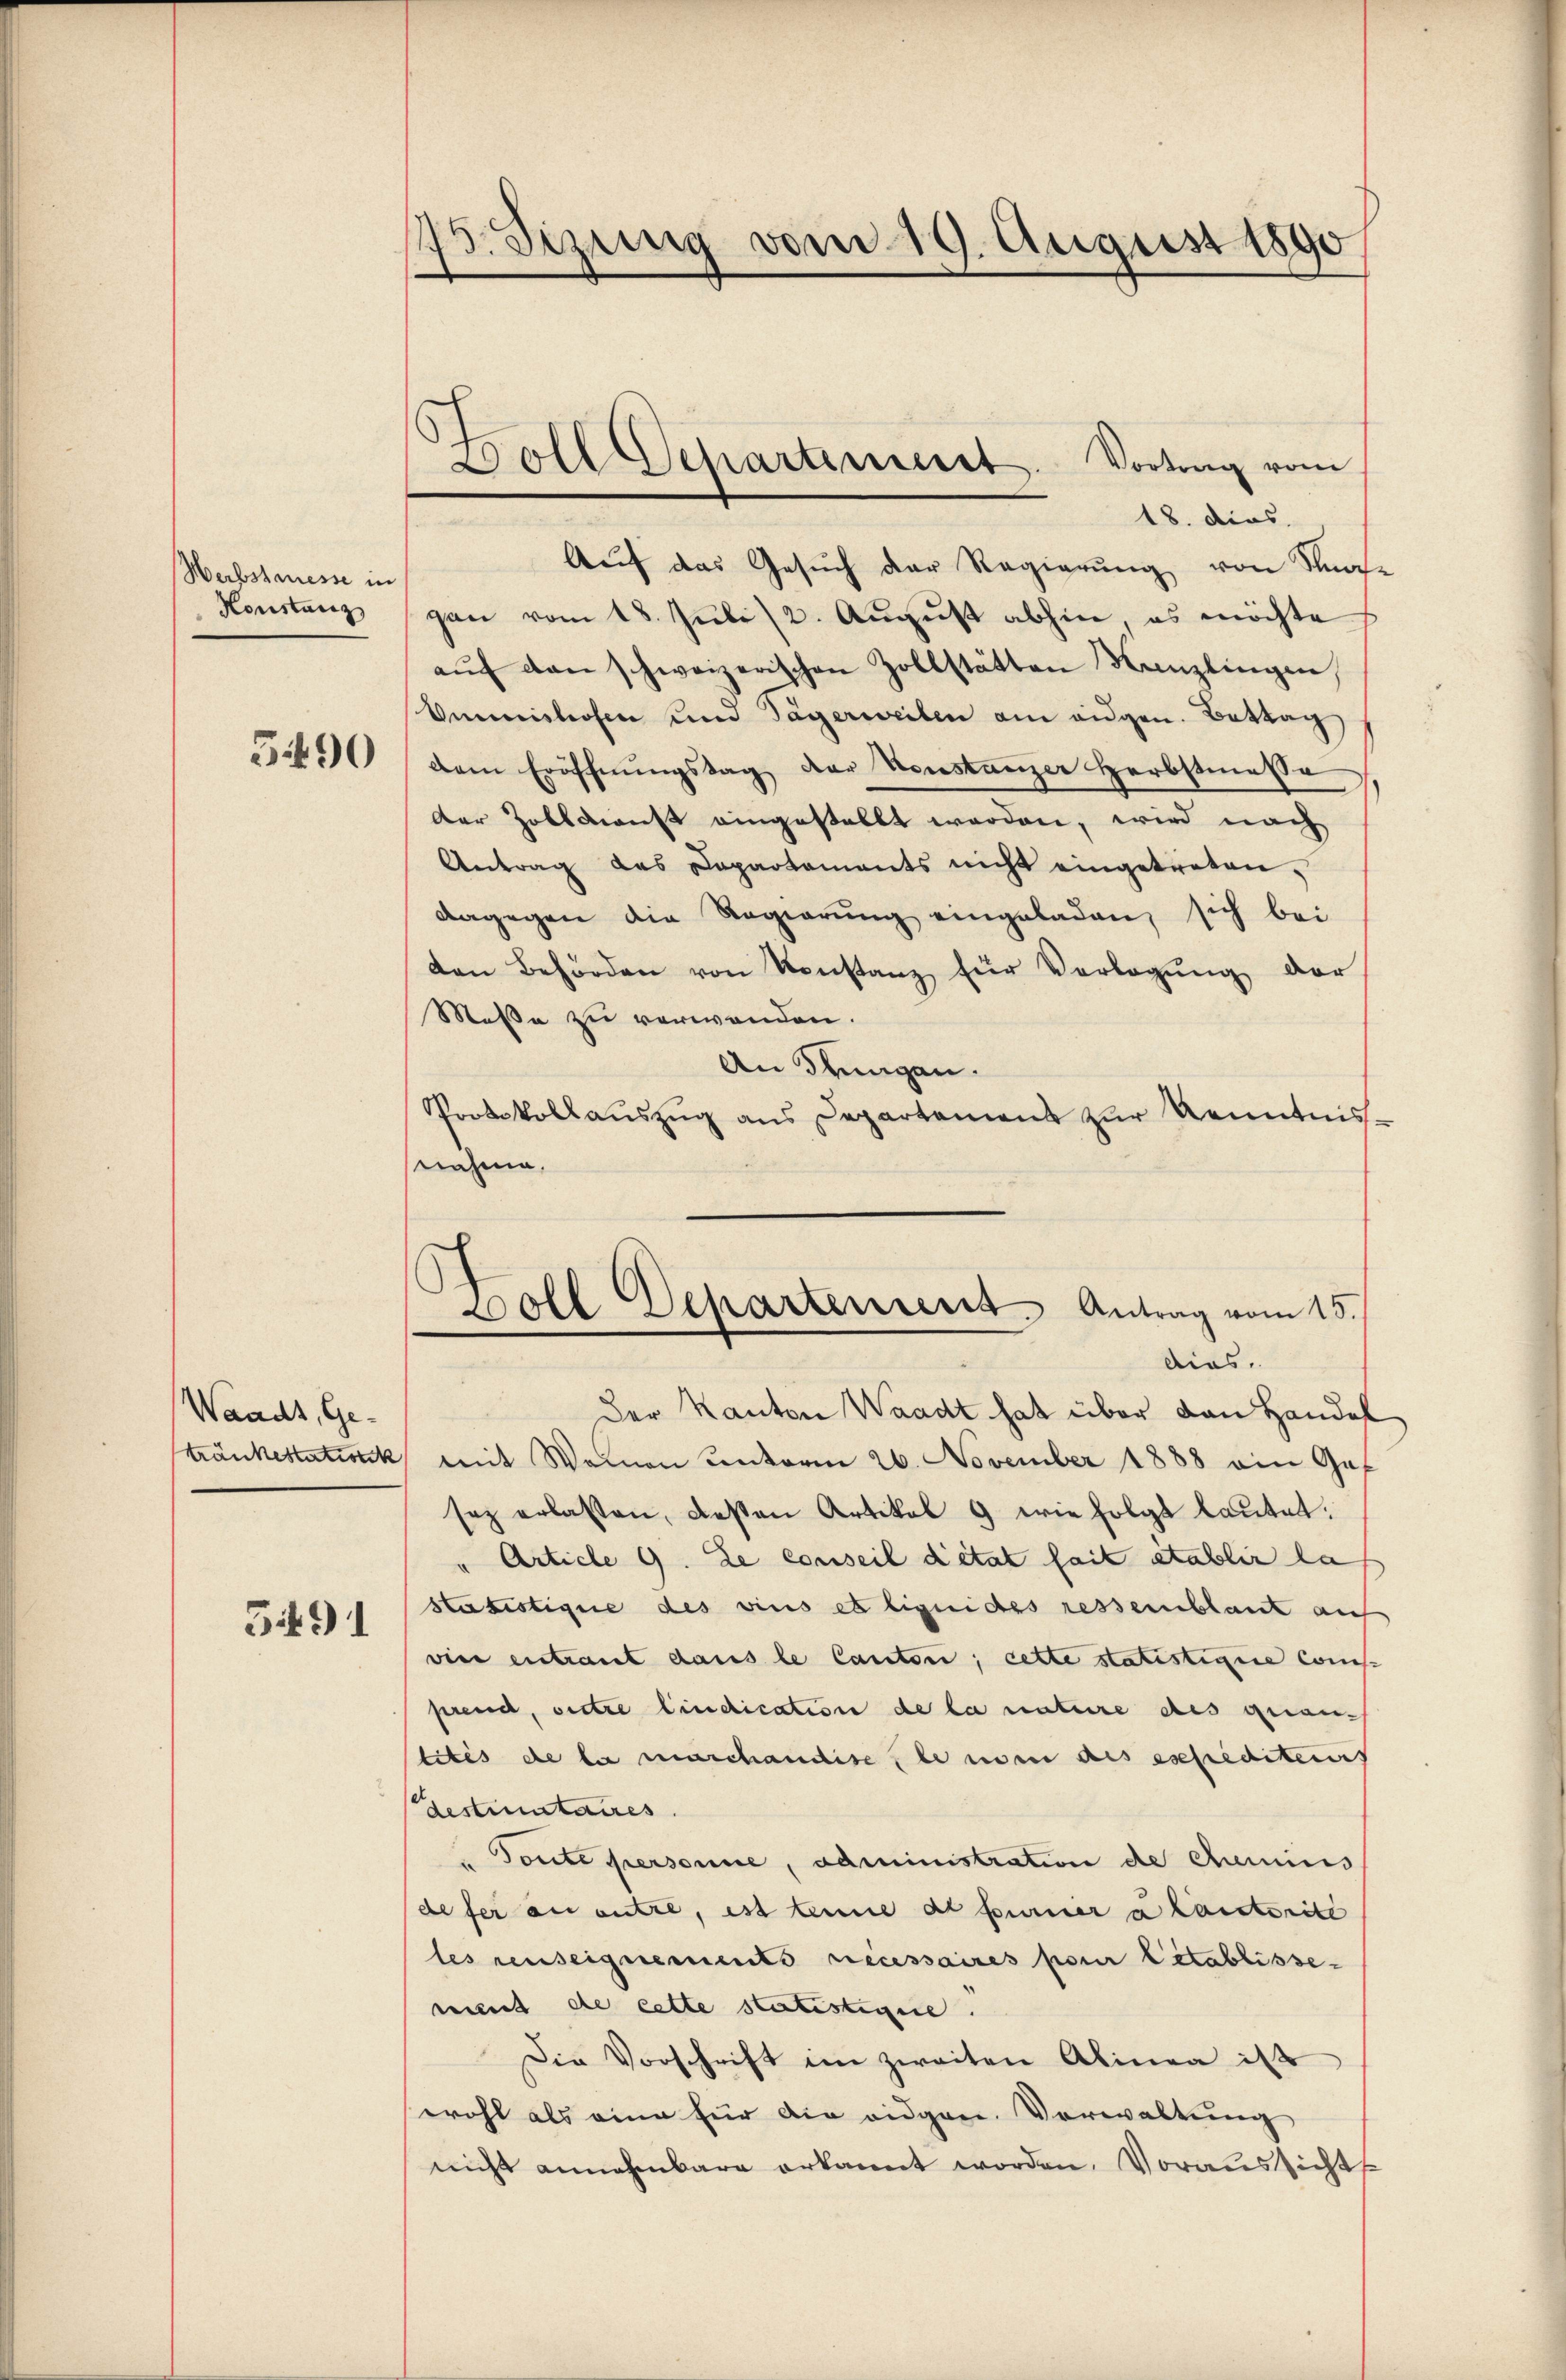
Herbsteresse in
Konstanz

5490

Waadt, Ge-

5491

15. Sizung vom 19. August 1890

5

18. dies
Auf das Gesuch der Regierung von Strafe
gan vom 18. Juli (2. August abhin es möchte
aŭf den schweizerischen Zollstätten Kanzlingen,
Ommnishofen und Tägerweilen am eidgen. Bettag
dem Eröffnŭngstag der Konstanzer Herbstmasse
der Zolldienst eingestellt werden, wird nach
Antrag des Dapartaments nicht eingetreten,
dagegen die Regierung eingeladen, sich bei
den Behörden von Konstanz für Verlegŭng der
Messe zu verwenden.
An drungen.
Protokollaŭszŭg ans Departamens zŭr Kenntnis-
snahme,

Doll Departement. Vortrag vom

tränkestationk mit Weinen unterm 26. November 1888 ein Gef
sez erlassen, deßen Artikal 9 wie folgt lautet.
Article 9. Le conseil détat fait etablir la
stabestique des vicis et liquides ressemblant auf
vier entraut dans le Canton, cette statistigire com-
prend, vertre lindication de la nature des quan-
tités de la marchandise le in in des essediteres
Destinataires.
Toute personne, administration de cheminis
de der an antre, est tenue al fourner a laisterite
les renseignements nécessaires pour letablisse-
mint de cette statistigire.
Die Vorschrift im zweiten Alinea ist
wohl als eine für die eidgen. Verwaltung
nicht annehmbare erkannt worden. Voraussicht

d
Boll Departement. Antrag vom 15./
dies
Der Kanton Waadt hat über den Handel